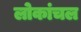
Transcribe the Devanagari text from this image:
लोकांचल